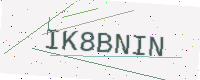
Text: IK8BNIN